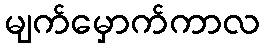
မျက်မှောက်ကာလ